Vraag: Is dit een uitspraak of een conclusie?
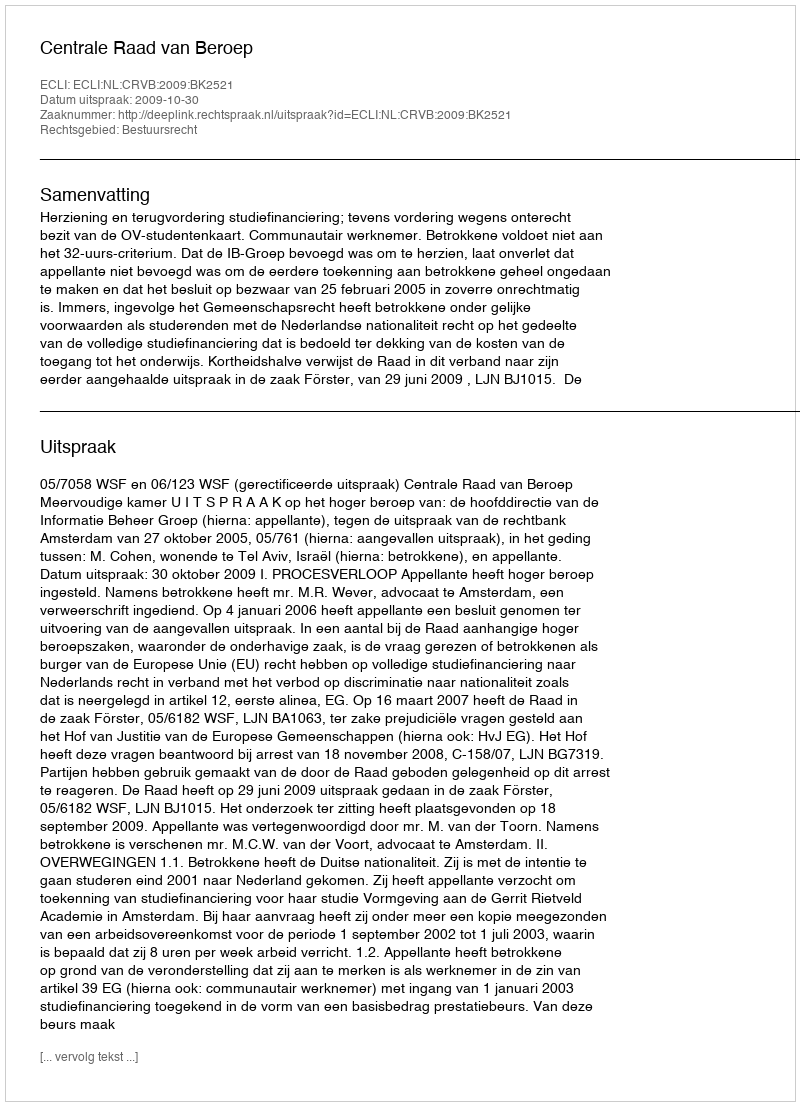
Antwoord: Uitspraak